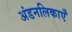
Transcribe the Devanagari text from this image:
अंडनलिकाएँ